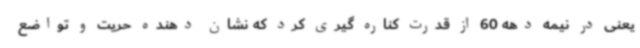
یعنی در نیمه دهه 60 از قدرت کناره گیری کرد که نشان دهنده حریت و تواضع